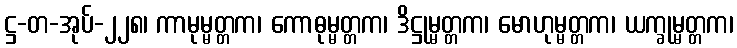
ဋ္ဌ-တ-အုပ်-၂၂၈၊ ကာမုမ္မတ္တက၊ ကောဓုမ္မတ္တက၊ ဒိဋ္ဌုမ္မတ္တက၊ မောဟုမ္မတ္တက၊ ယက္ခုမ္မတ္တက၊